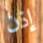
إذن